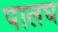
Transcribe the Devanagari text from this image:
पालघ